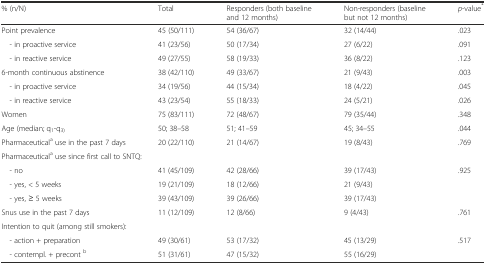
| % (n/N) | Total | Responders (both baseline and 12 months) | Non-responders (baseline but not 12 months) | p-value* |
 | --- | --- | --- | --- | --- |
 | Point prevalence | 45 (50/111) | 54 (36/67) | 32 (14/44) | .023 |
 | - in proactive service | 41 (23/56) | 50 (17/34) | 27 (6/22) | .091 |
 | - in reactive service | 49 (27/55) | 58 (19/33) | 36 (8/22) | .123 |
 | 6-month continuous abstinence | 38 (42/110) | 49 (33/67) | 21 (9/43) | .003 |
 | - in proactive service | 34 (19/56) | 44 (15/34) | 18 (4/22) | .045 |
 | - in reactive service | 43 (23/54) | 55 (18/33) | 24 (5/21) | .026 |
 | Women | 75 (83/111) | 72 (48/67) | 79 (35/44) | .348 |
 | Age (median; q1-q3) | 50; 38–58 | 51; 41–59 | 45; 34–55 | .044 |
 | Pharmaceuticala use in the past 7 days | 20 (22/110) | 21 (14/67) | 19 (8/43) | .769 |
 | <COLSPAN=5> Pharmaceuticala use since first call to SNTQ: |
 | - no | 41 (45/109) | 42 (28/66) | 39 (17/43) | <ROWSPAN=3> .925 |
 | - yes, < 5 weeks | 19 (21/109) | 18 (12/66) | 21 (9/43) |
 | - yes, ≥ 5 weeks | 39 (43/109) | 39 (26/66) | 39 (17/43) |
 | Snus use in the past 7 days | 11 (12/109) | 12 (8/66) | 9 (4/43) | .761 |
 | <COLSPAN=5> Intention to quit (among still smokers): |
 | - action + preparation | 49 (30/61) | 53 (17/32) | 45 (13/29) | <ROWSPAN=2> .517 |
 | - contempl. + precont b | 51 (31/61) | 47 (15/32) | 55 (16/29) |